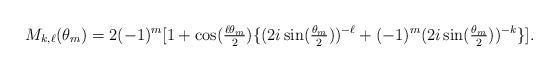
LaTeX: \begin{align*}M_{k, \ell}(\theta_m) = 2(-1)^m [1 + \cos(\tfrac{\ell \theta_m}{2}) \{(2i \sin(\tfrac{\theta_m}{2}))^{-\ell} + (-1)^m (2i \sin(\tfrac{\theta_m}{2}))^{-k}\}].\end{align*}